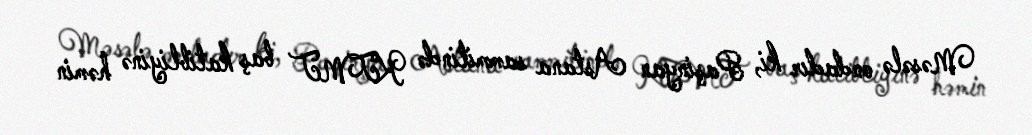
Məsələ ondadır ki, Paşinyan Astana sammitində KTMT baş katibliyinə həmin